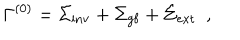
\Gamma ^ { ( 0 ) } = \Sigma _ { \mathrm { i n v } } + \Sigma _ { \mathrm { g f } } + \Sigma _ { \mathrm { e x t } } ~ ~ ,